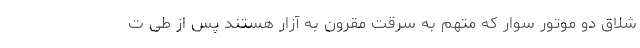
شلاق دو موتور سوار که متهم به سرقت مقرون به آزار هستند پس از طی ت